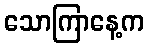
သောကြာနေ့က